Trukikaitis_Postimees, lk 22
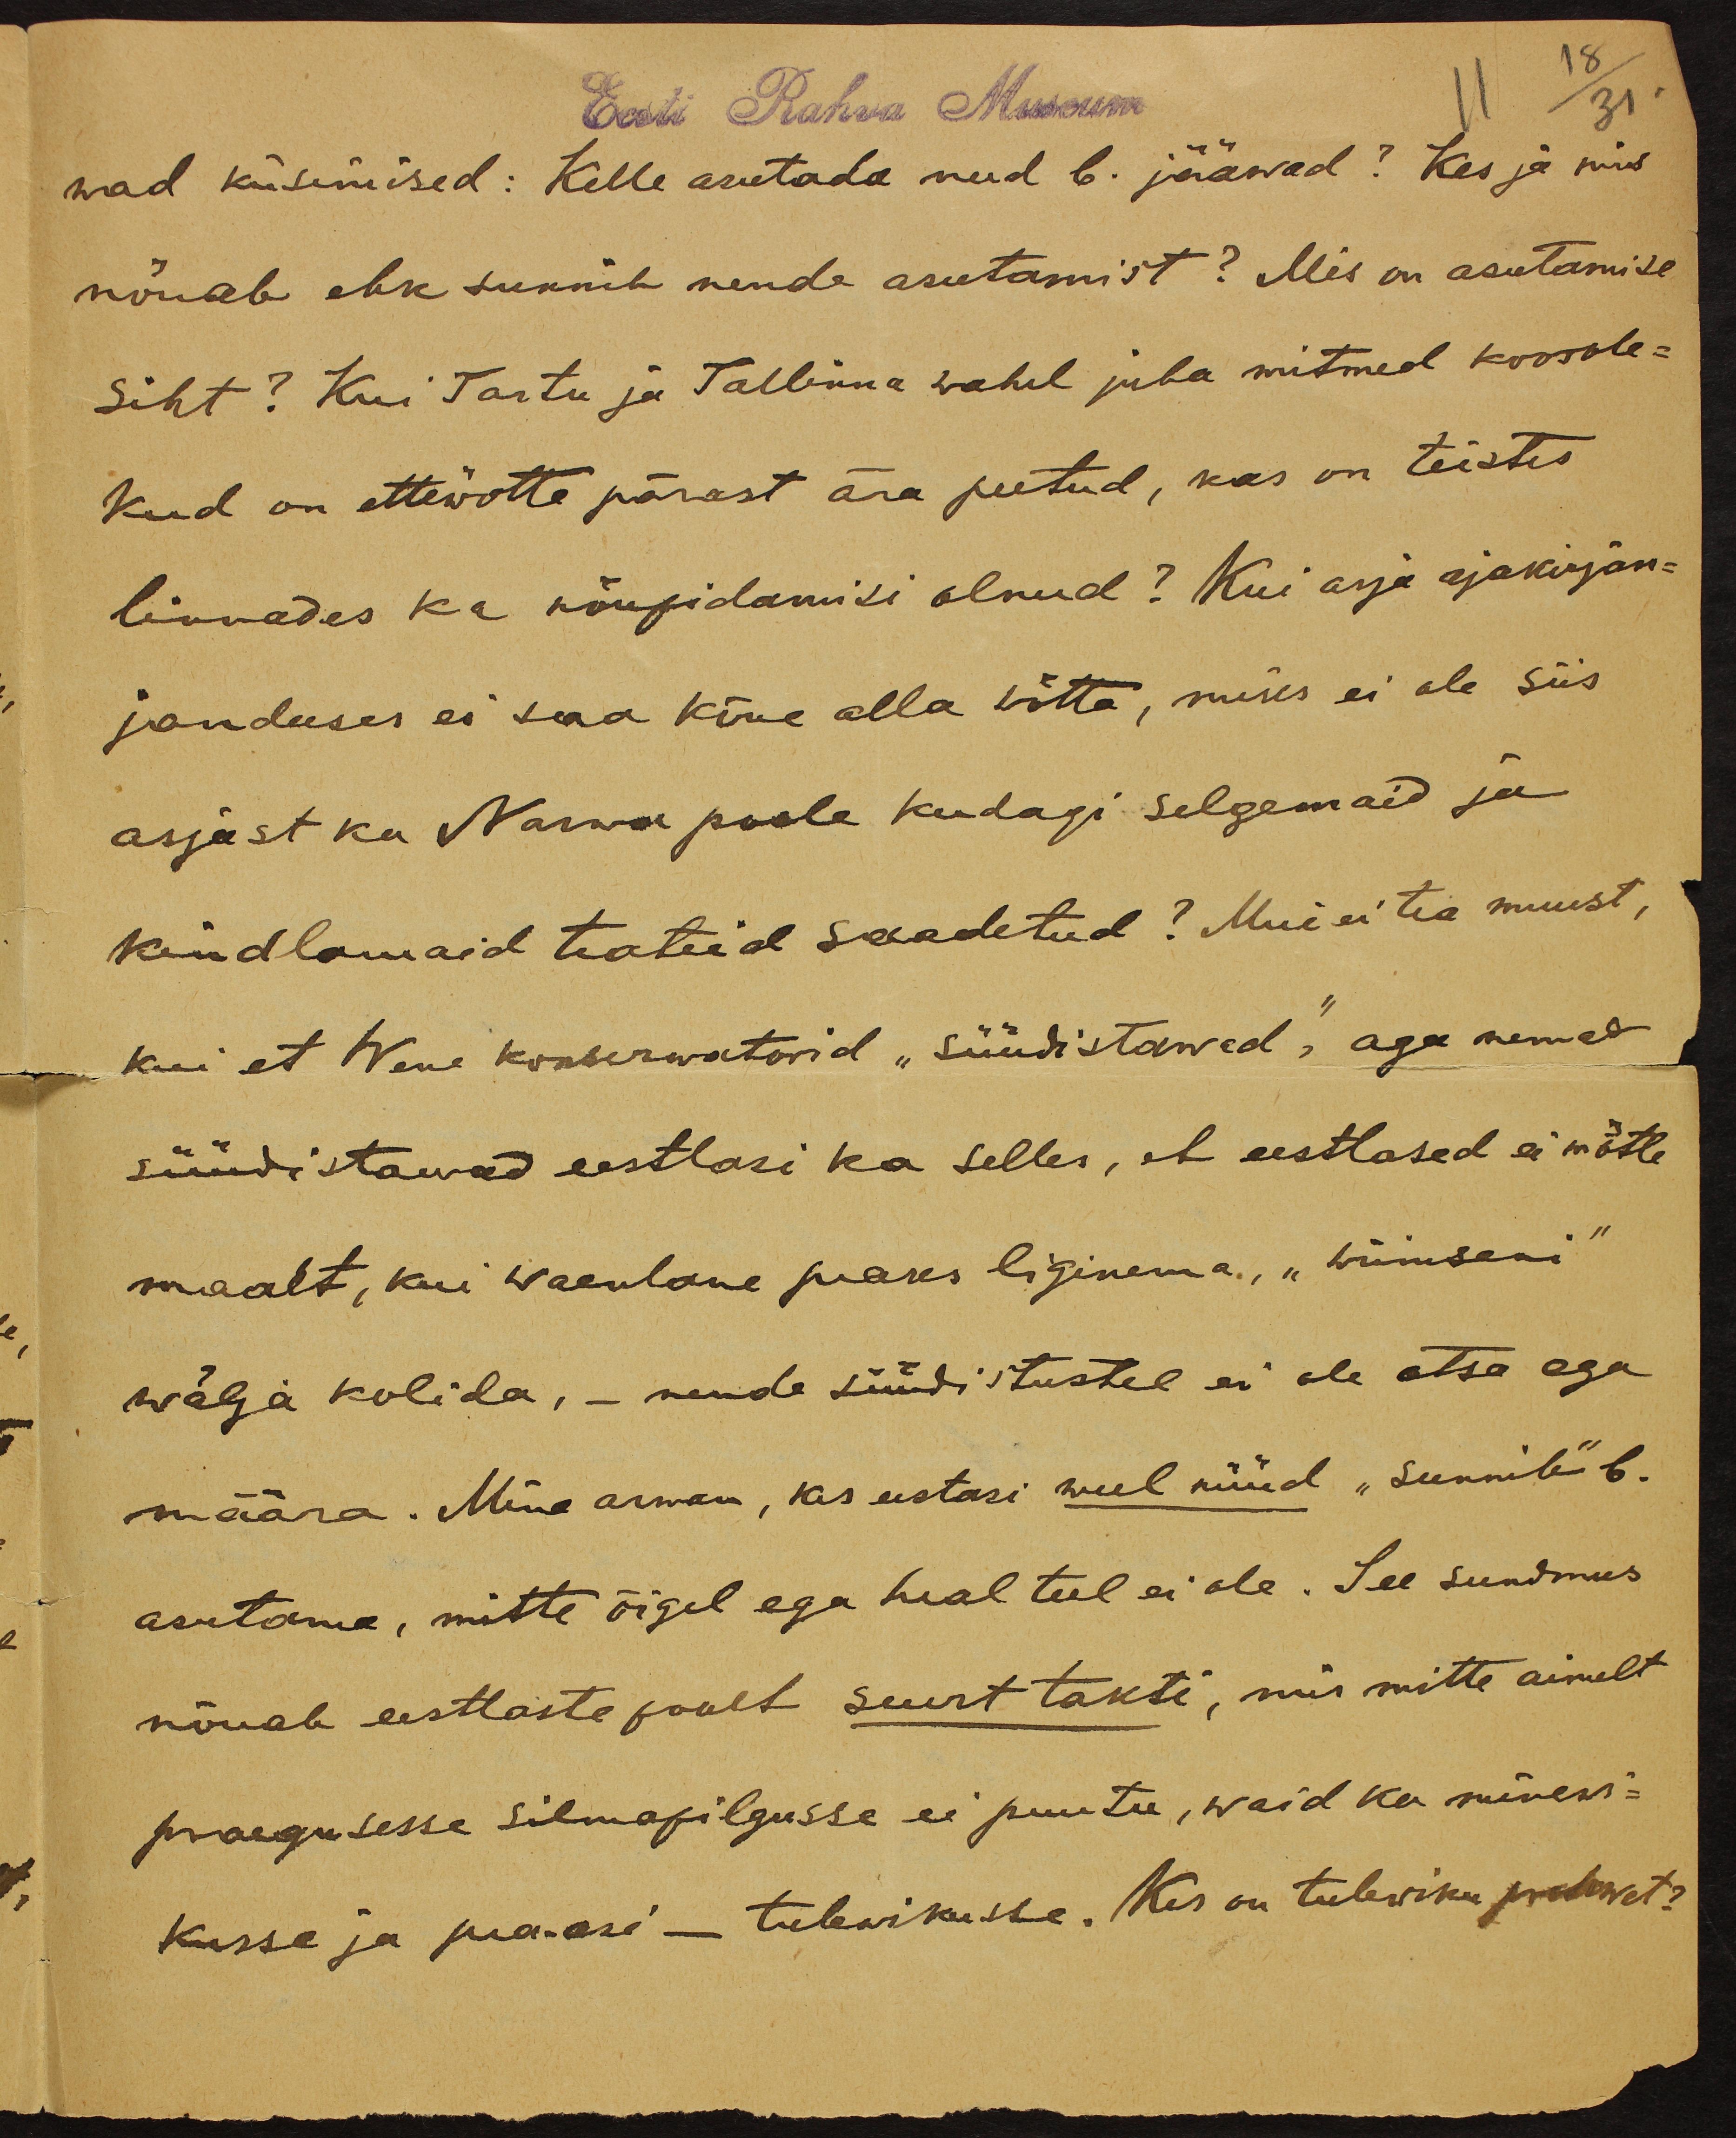
18
31
wad küsimised: Kelle arutada need b. jääwad? Kes ja mis
nõuab ehk sunnib nende asutamist? Mis on asutamise
siht? Kui Tartu ja Tallinna wahel juba mitmed koosole-
kud on ettewõtte pärast ära peetud, kas on teistes
linnades ka nõupidamisi olnud? Kui asja ajakirjan-
janduses ei saa kõne alla wõtta, miks ei ole siis
asjast ka Narwa poole kudagi selgemaid ja
kindlamaid teateid saadetud? Meie ei tea muust,
kui et Wene konserwatorid "süüdistawad", aga nemad
süüdistawad eestlasi ka selles, et eestlased ei mõtle
maalt, kui waenlane peaks liginema, "wiimiseni"
wälja kolida, - nende süüdistustel ei ole otsa ega
määra. Mina arwan, kes eestasi weel nüüd "sunnib" b.
asutama, mitte õigel ega heal teel ei ole. See sundmus
nõuab eestlaste poolt suurt takti, mis mitte ainult
praegusesse silmapilgusse ei puutu, waid ka minewi-
kusse ja pea-asi - tulewikusse. Kes on tulewiku prohwet?

Eest Rahva Museum